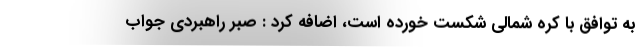
به توافق با کره شمالی شکست خورده است، اضافه کرد : صبر راهبردی جواب